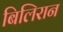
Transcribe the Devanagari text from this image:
बिलिरान